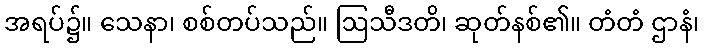
အရပ်၌။ သေနာ၊ စစ်တပ်သည်။ ဩသီဒတိ၊ ဆုတ်နစ်၏။ တံတံ ဌာနံ၊